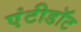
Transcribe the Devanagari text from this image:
एंटीडाॅट